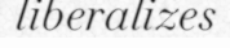
liberalizes